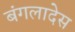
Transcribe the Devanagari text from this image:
बंगलादेस